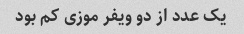
یک عدد از دو ویفر موزی کم بود